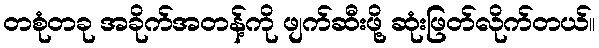
တစုံတခု အခိုက်အတန့်ကို ဖျက်ဆီးဖို့ ဆုံးဖြတ်လိုက်တယ်။